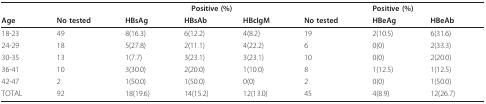
<table><thead><tr><td></td><td></td><td colspan="3"><b>Positive (%)</b></td><td></td><td colspan="2"><b>Positive (%)</b></td></tr><tr><td><b>Age</b></td><td><b>No tested</b></td><td><b>HBsAg</b></td><td><b>HBsAb</b></td><td><b>HBcIgM</b></td><td><b>No tested</b></td><td><b>HBeAg</b></td><td><b>HBeAb</b></td></tr></thead><tbody><tr><td>18-23</td><td>49</td><td>8(16.3)</td><td>6(12.2)</td><td>4(8.2)</td><td>19</td><td>2(10.5)</td><td>6(31.6)</td></tr><tr><td>24-29</td><td>18</td><td>5(27.8)</td><td>2(11.1)</td><td>4(22.2)</td><td>6</td><td>0(0)</td><td>2(33.3)</td></tr><tr><td>30-35</td><td>13</td><td>1(7.7)</td><td>3(23.1)</td><td>3(23.1)</td><td>10</td><td>0(0)</td><td>2(20.0)</td></tr><tr><td>36-41</td><td>10</td><td>3(30.0)</td><td>2(20.0)</td><td>1(10.0)</td><td>8</td><td>1(12.5)</td><td>1(12.5)</td></tr><tr><td>42-47</td><td>2</td><td>1(50.0)</td><td>1(50.0)</td><td>0(0)</td><td>2</td><td>0(0)</td><td>1(50.0)</td></tr><tr><td>TOTAL</td><td>92</td><td>18(19.6)</td><td>14(15.2)</td><td>12(13.0)</td><td>45</td><td>4(8.9)</td><td>12(26.7)</td></tr></tbody></table>